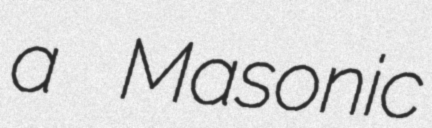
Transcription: a Masonic